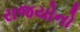
રાજયોનો